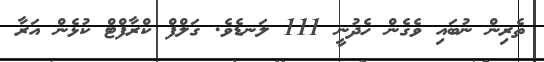
ތެރިން ނުބައި ވެގެން ހެދުނީ 111 ލަނޑެވެ. ގަލްފް ކްރާފްޓް ކުޅެން އަރާ